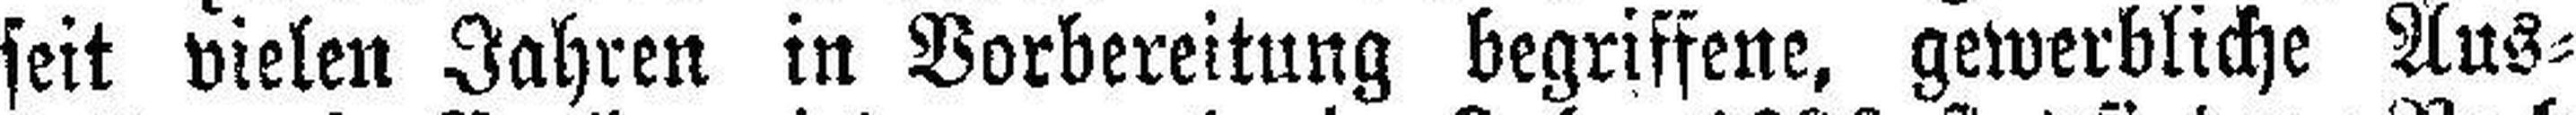
seit vielen Jahren in Vorbereitung begriffene, gewerbliche Aus¬